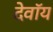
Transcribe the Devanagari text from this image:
देवॉय